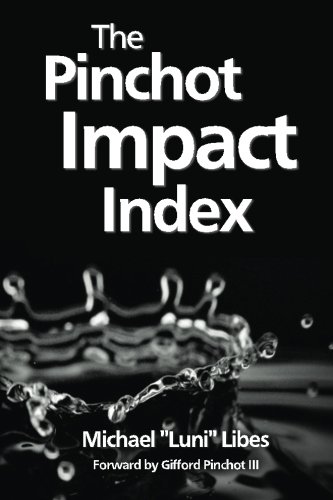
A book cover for The Pinchot Impact Index: Measuring, Comparing, and Aggregating Impact; Michael "Luni" Libes; Business & Money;